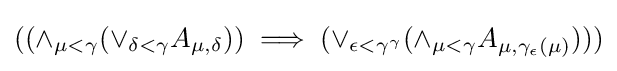
((\land _{\mu <\gamma }{(\lor _{\delta <\gamma }{A_{\mu ,\delta }})})\implies (\lor _{\epsilon <\gamma ^{\gamma }}{(\land _{\mu <\gamma }{A_{\mu ,\gamma _{\epsilon }(\mu )})}}))